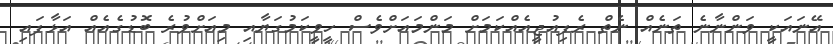
އޭނައަކީ ވަންނާނެ ތަނެއް ނެތް ރެފިއުޖީއެއްކަމަށް މަންމައަށްވެސް ހީވީކަމުގަޔާއި މިއަށްވުރެ ބޮޑުގެއެއް އަޅާފައި